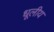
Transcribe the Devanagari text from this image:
धूलीय